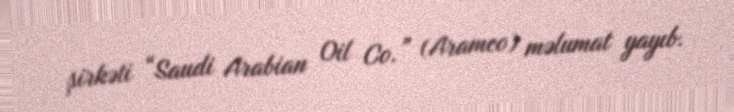
şirkəti “Saudi Arabian Oil Co.” (Aramco) məlumat yayıb.